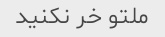
ملتو خر نکنید